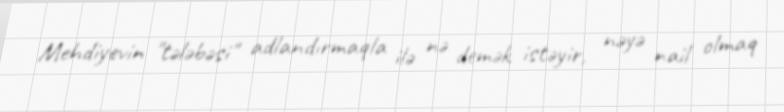
Mehdiyevin "tələbəsi" adlandırmaqla ilə nə demək istəyir, nəyə nail olmaq